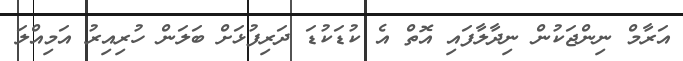
އަރާމް ނިންޖަކުން ނިދާލާފައި އޮތް އެ ކުޑަކުޑަ ދަރިފުޅަށް ބަލަން ހުރިއިރު އަމިއްލަ